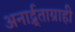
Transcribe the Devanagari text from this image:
अनार्द्र्ताग्राही